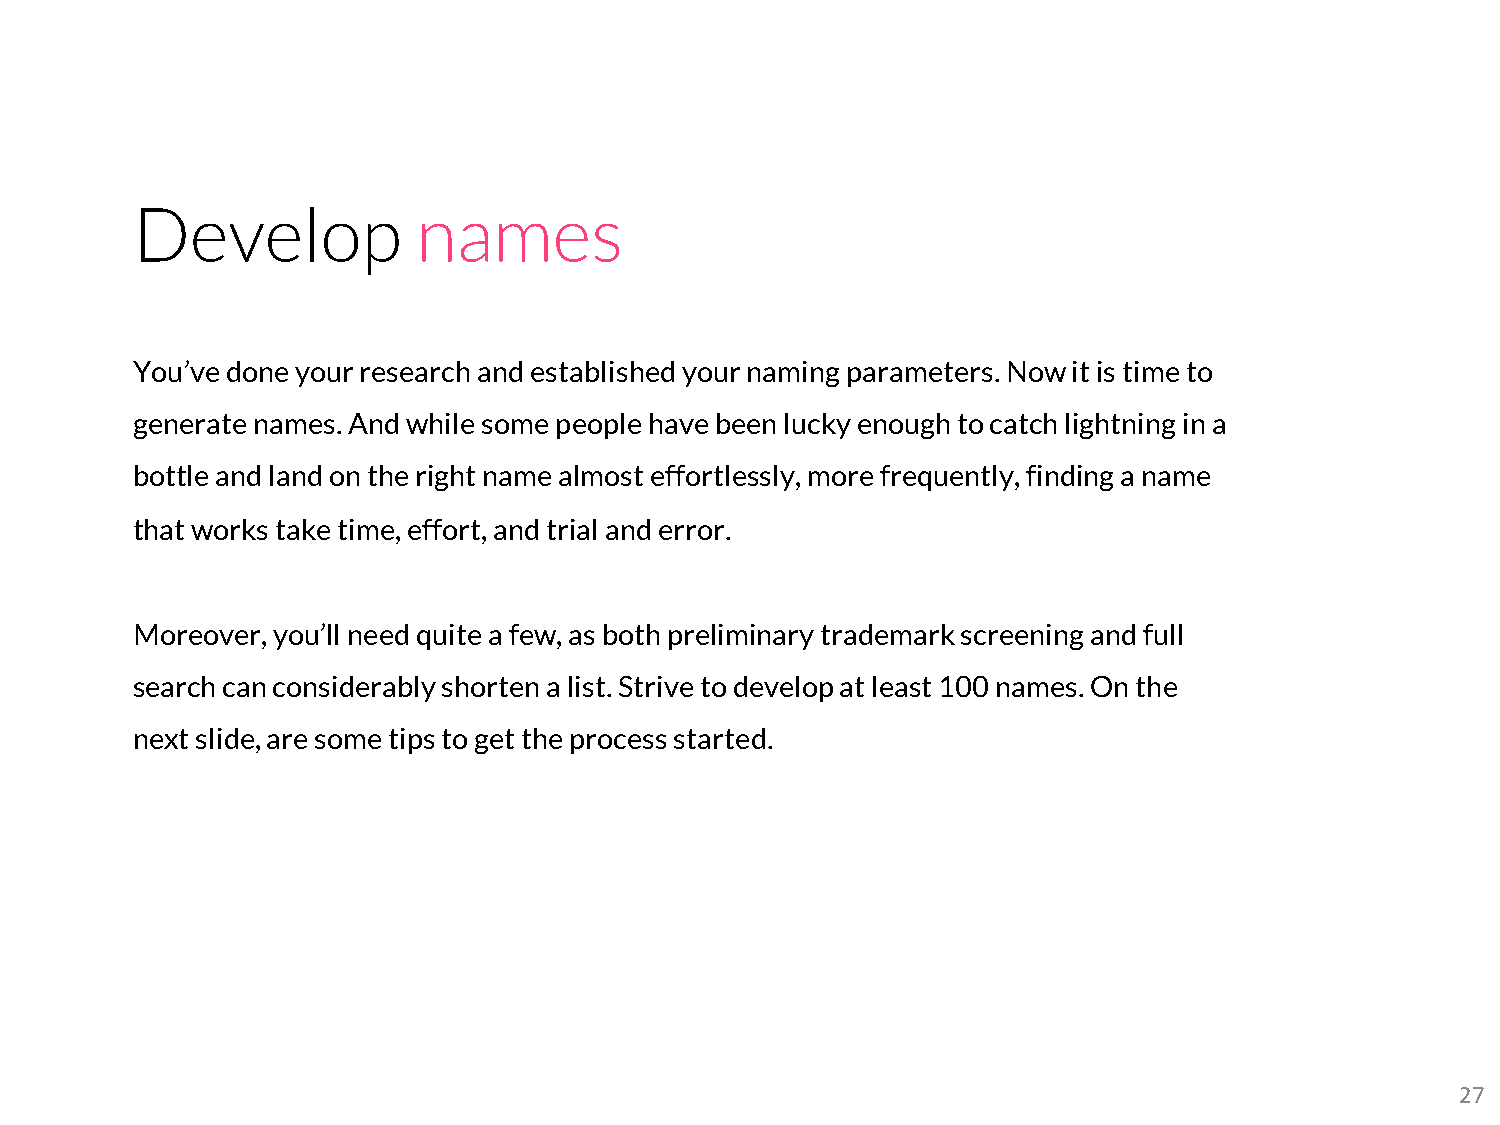
Develop            names
 You’ve done your research and established your naming parameters. Now it is time to
 generate names. And while some people have been lucky enough to catch lightning in a
 bottle and land on the right name almost effortlessly, more frequently, finding a name
 that works take time, effort, and trial and error.
 Moreover, you’ll need quite a few, as both preliminary trademark screening and full
 search can considerably shorten a list. Strive to develop at least 100 names. On the
 next slide, are some tips to get the process started.
 27